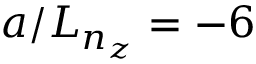
a / L _ { n _ { z } } = - 6